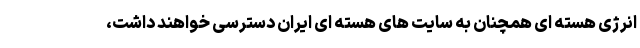
انرژی هسته ای همچنان به سایت های هسته ای ایران دسترسی خواهند داشت،